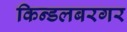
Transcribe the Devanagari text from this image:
किन्डलबरगर